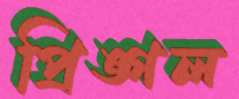
প্রিঙ্গল